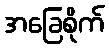
အခြေစိုက်